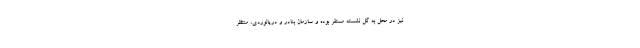
نیز در محل به گل نشسته مستقر بوده و سازمان بنادر و دریانوردی، منتظر